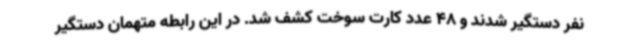
نفر دستگیر شدند و 48 عدد کارت سوخت کشف شد. در این رابطه متهمان دستگیر